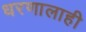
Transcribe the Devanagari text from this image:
धरणालाही